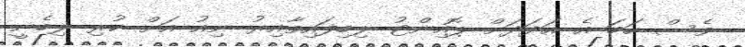
ވެސް ހަމަ އެ އަދަދަށް ޕޮއިންޓު ލިބިފައިވާއިރު ނިއު އަށް ކުރި ލިބެނީ